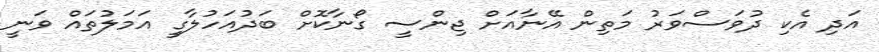
އަދި އެކި ދުވަސްވަރު މަތިން އޭނާއަށް ޖިންސީ ގޯނާކޮށް ބަދުއަހުލާގީ އަމަލުތައް ވަނީ